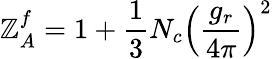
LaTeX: \mathbb{Z}_{A}^{f}=1+\frac{{1}}{{3}}N_{c}\left(\frac{{g_{r}}}{{4\pi}}\right)^{2}